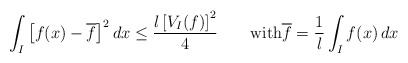
\begin{align*}\int_I\left[f(x)-\overline{f}\right]^2dx\le \frac{l\left[V_I(f)\right]^2}{4}\qquad\mbox{with}\overline{f}=\frac{1}{l}\int_If(x)\,dx\end{align*}